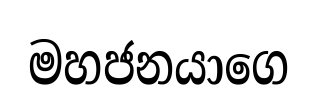
මහජනයාගෙ